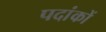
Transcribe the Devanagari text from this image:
पदांकों